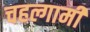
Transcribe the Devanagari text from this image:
चहल्गामी